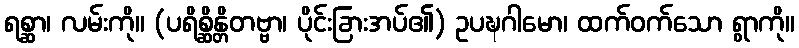
ရစ္ဆာ၊ လမ်းကို။ (ပရိစ္ဆိန္တိတဗ္ဗာ၊ ပိုင်းခြားအပ်၏) ဥပဍ္ဎဂါမော၊ ထက်ဝက်သော ရွာကို။